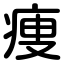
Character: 痩